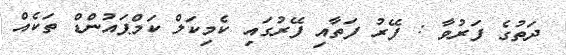
ދަތުގެ ފަރުވާ : ފޭރު ފަތާއި ފޭރުގައި ކެމިކަލް ކަމްޕައުންޑް ތަކެއް